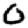
Digit: 0